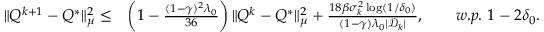
\begin{array} { r l } { \| Q ^ { k + 1 } - Q ^ { * } \| _ { \mu } ^ { 2 } \leq } & { \left( 1 - \frac { ( 1 - \gamma ) ^ { 2 } \lambda _ { 0 } } { 3 6 } \right) \| Q ^ { k } - Q ^ { * } \| _ { \mu } ^ { 2 } + \frac { 1 8 \beta \sigma _ { k } ^ { 2 } \log ( 1 / \delta _ { 0 } ) } { ( 1 - \gamma ) \lambda _ { 0 } | \mathcal { D } _ { k } | } , \qquad w . p . \ 1 - 2 \delta _ { 0 } . } \end{array}